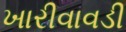
ખારીવાવડી